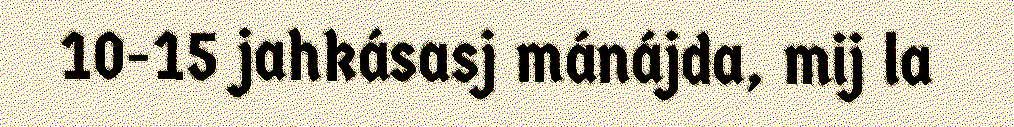
10-15 jahkásasj mánájda, mij la